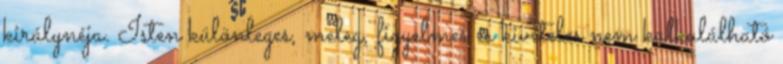
királynéja. Isten különleges, meleg, figyelmes és kivételes nem kalkulálható